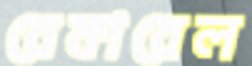
রেফারেল